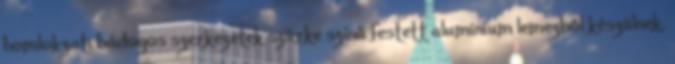
homlokzati bádogos szerkezetek szürke színű festett alumínium lemezből készülnek.